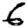
Digit: 6